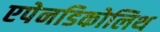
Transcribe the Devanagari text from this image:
एपेनडिकोलिथ